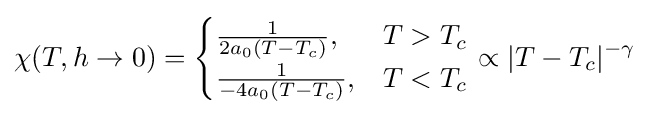
\chi (T,h\to 0)={\begin{cases}{\frac {1}{2a_{0}(T-T_{c})}},&T>T_{c}\\{\frac {1}{-4a_{0}(T-T_{c})}},&T<T_{c}\end{cases}}\propto |T-T_{c}|^{-\gamma }